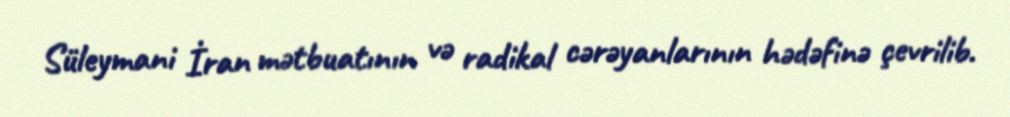
Süleymani İran mətbuatının və radikal cərəyanlarının hədəfinə çevrilib.